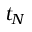
t _ { N }